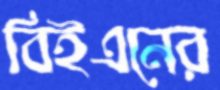
বিইএনের